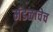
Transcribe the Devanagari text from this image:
मंडळाचेच